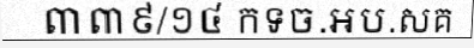
៣៣៩/១៤ កទច.អប.សគ